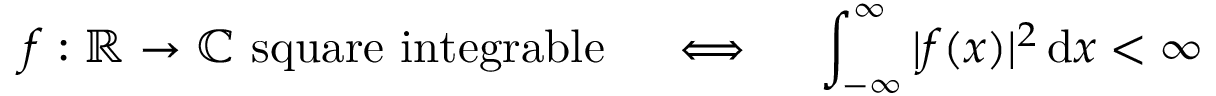
f : \mathbb { R } \to \mathbb { C } { \mathrm { ~ s q u a r e ~ i n t e g r a b l e } } \quad \iff \quad \int _ { - \infty } ^ { \infty } | f ( x ) | ^ { 2 } \, \mathrm { d } x < \infty